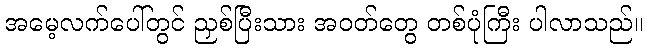
အမေ့လက်ပေါ်တွင် ညှစ်ပြီးသား အဝတ်တွေ တစ်ပုံကြီး ပါလာသည်။